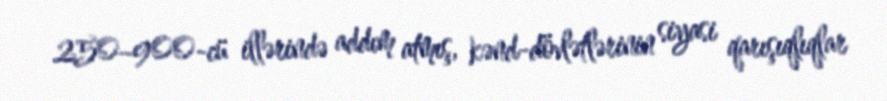
250–900-cü illərində addım atmış, kənd-dövlətlərinin siyasi qarışıqlıqlar